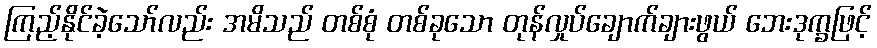
ကြည့်နိုင်ခဲ့သော်လည်း အမိသည် တစ်စုံ တစ်ခုသော တုန်လှုပ်ချောက်ချားဖွယ် ဘေးဒုက္ခဖြင့်